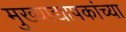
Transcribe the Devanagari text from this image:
मुख्‍याद्यापकांच्‍या